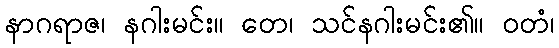
နာဂရာဇ၊ နဂါးမင်း။ တေ၊ သင်နဂါးမင်း၏။ ဝတံ၊